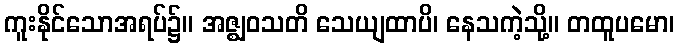
ကူးနိုင်သောအရပ်၌။ အဇ္ဈဝသတိ သေယျထာပိ၊ နေသကဲ့သို့။ တထူပမော၊